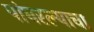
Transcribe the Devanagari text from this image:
पांघरल्याचा